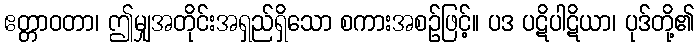
ဧတ္တာဝတာ၊ ဤမျှအတိုင်းအရှည်ရှိသော စကားအစဉ်ဖြင့်။ ပဒ ပဋိပါဋိယာ၊ ပုဒ်တို့၏